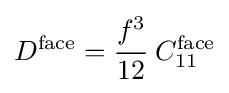
D^{\mathrm {face} }={\cfrac {f^{3}}{12}}~C_{11}^{\mathrm {face} }